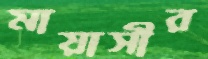
মায়াসীর